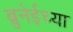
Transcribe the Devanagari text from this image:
ब्रुनेईच्या